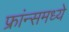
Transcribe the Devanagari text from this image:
फ्रांन्समध्ये